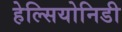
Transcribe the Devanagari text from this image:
हेल्सियोनिडी